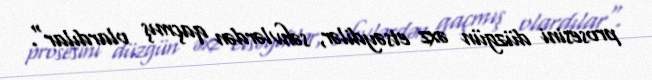
prosesini düzgün əxz etsəydilər, səhvlərdən qaçmış olardılar".